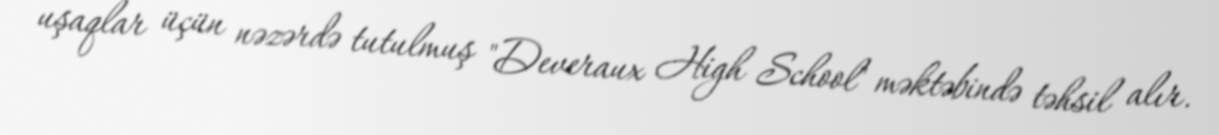
uşaqlar üçün nəzərdə tutulmuş "Deveraux High School" məktəbində təhsil alır.